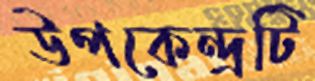
উপকেন্দ্রটি